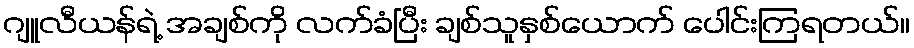
ဂျူလီယန်ရဲ့ အချစ်ကို လက်ခံပြီး ချစ်သူနှစ်ယောက် ပေါင်းကြရတယ်။